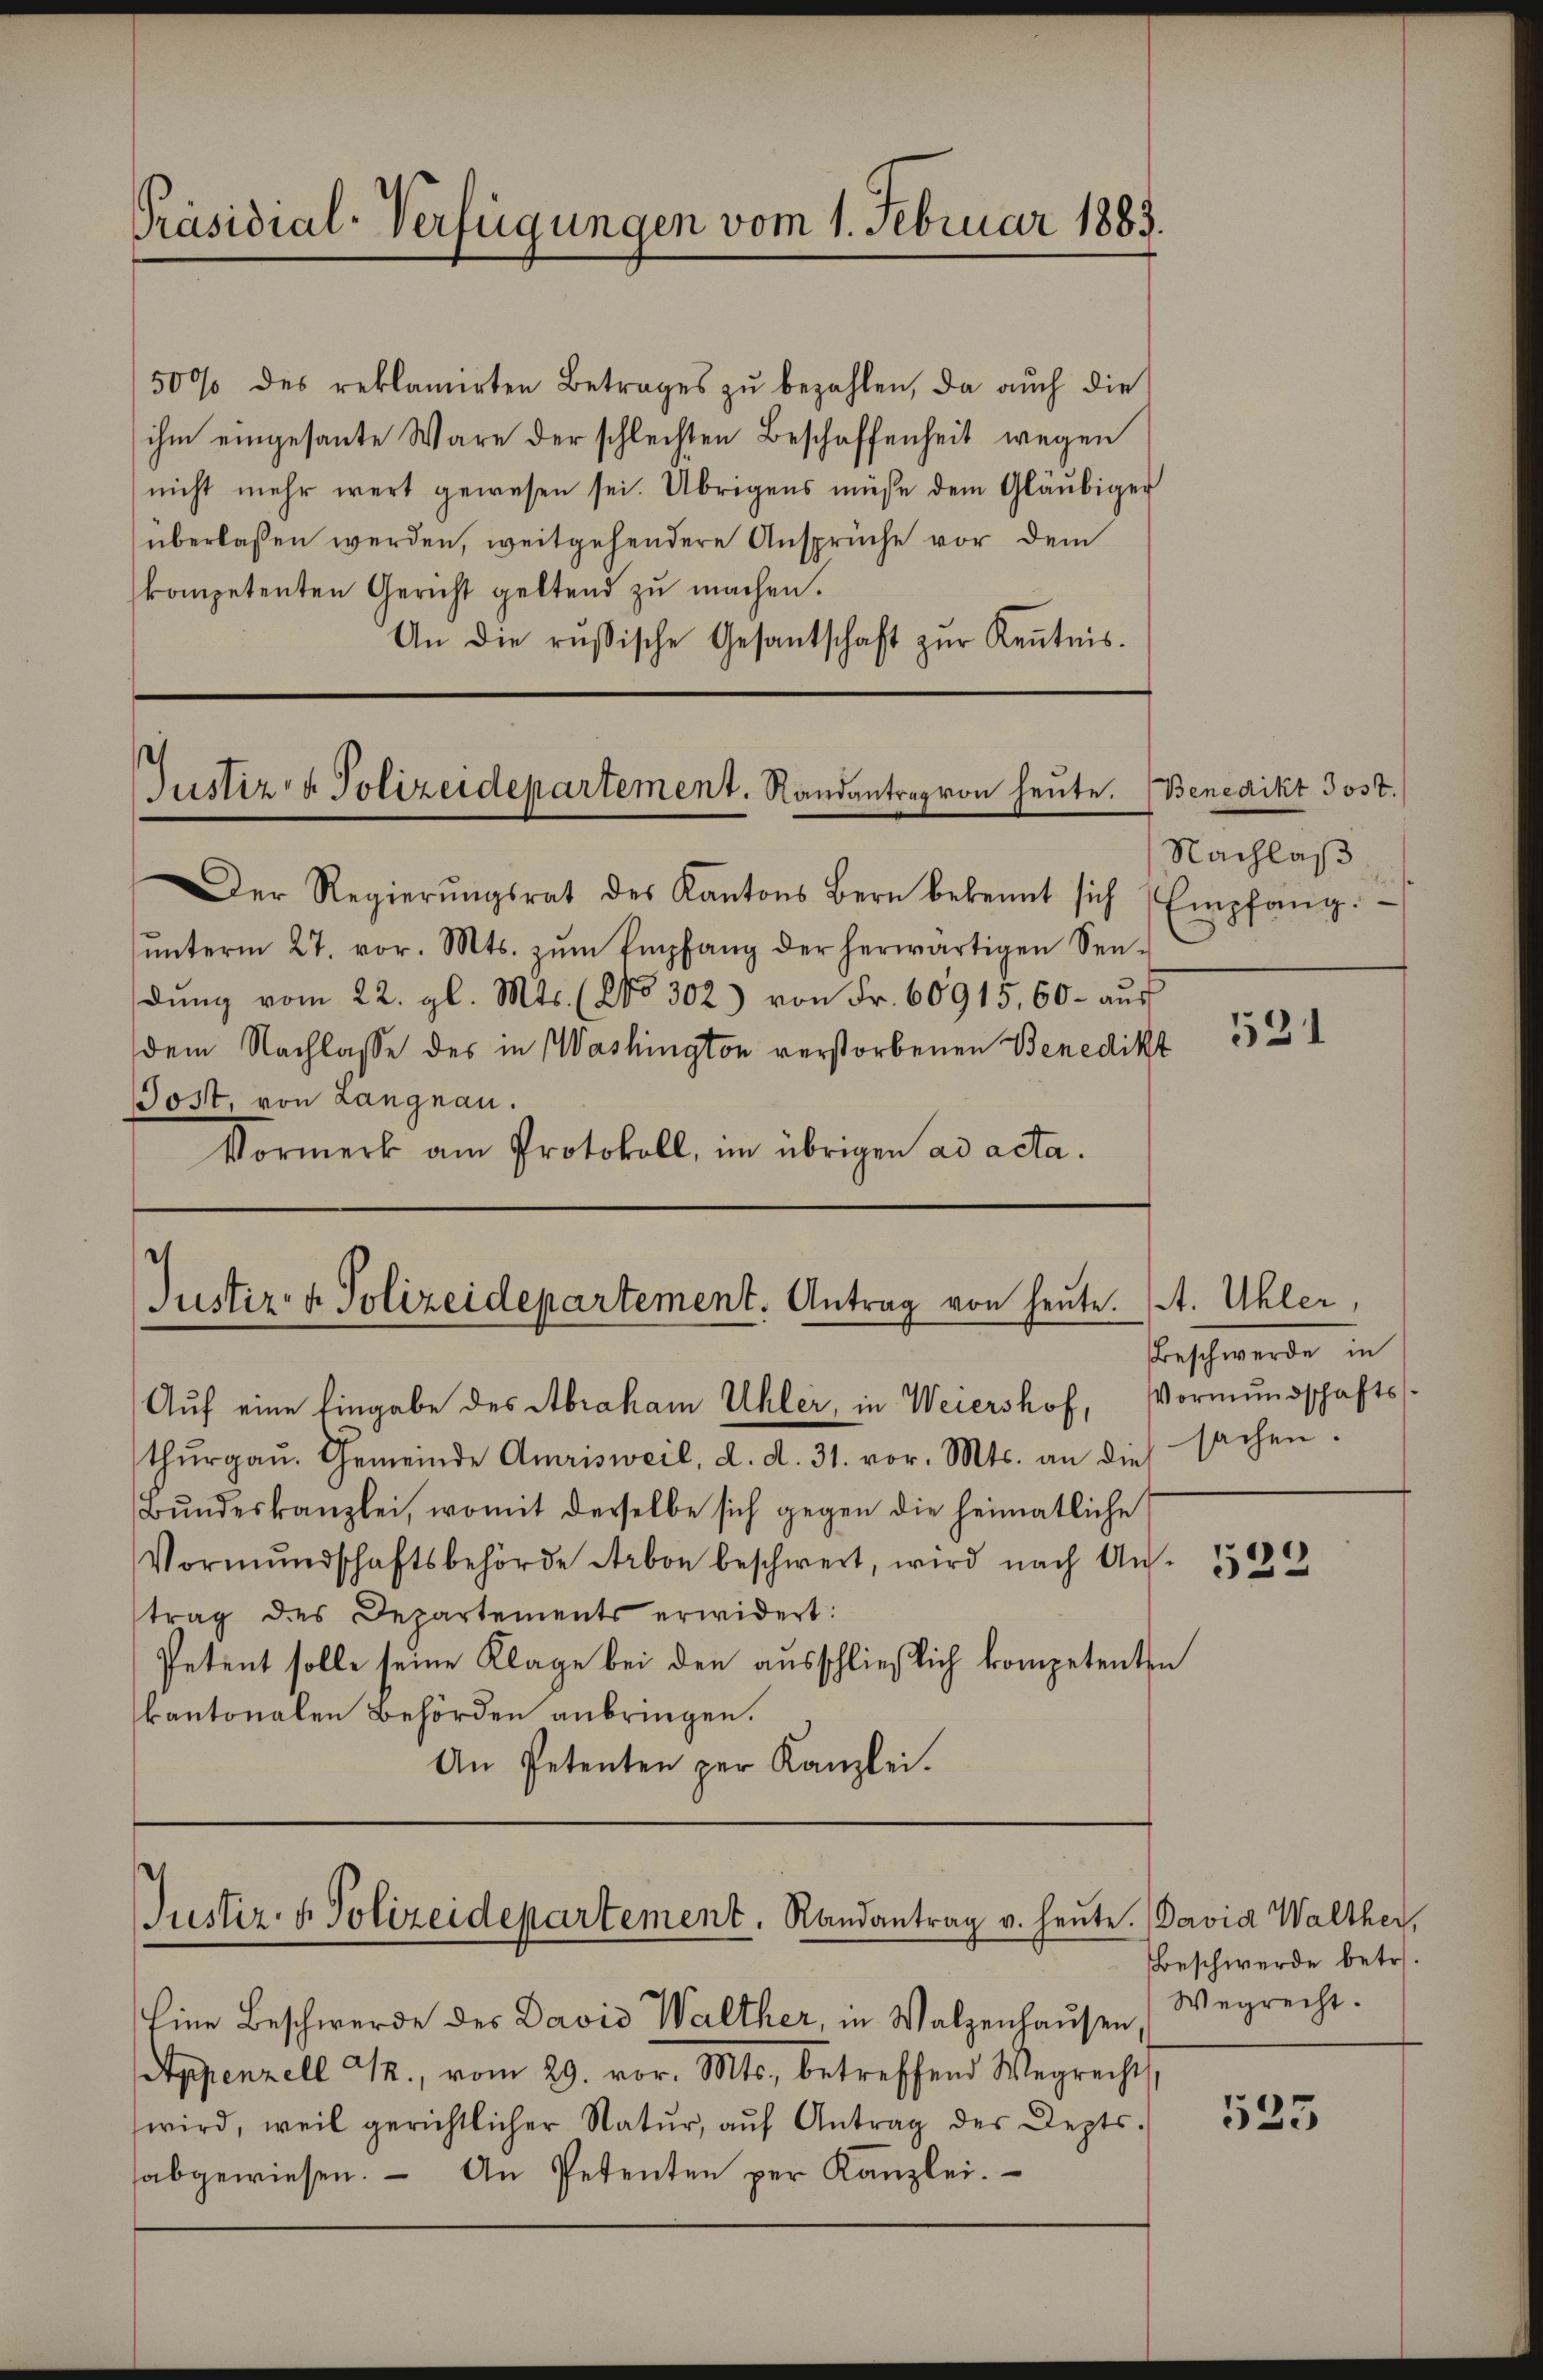
Präsidial-Verfügungen vom 1. Februar 1883.

50% des reklamirten Betrages zu bezahlen, da auch die
ihm eingesante Wäre der schlechten Beschaffenheit wegen
nicht mehr wert gewesen sei. Übrigens müsse dem Gläubiger
überlassen werden, weitgehendere Ansprüche vor dem
kompetenten Gericht geltend zu machen.
An die russische Gesantschaft zŭr Kenntnis.

Justiz- & Polizeidepartement. Randantrag von heute.

Der Regierŭngsrat des Kantons Bern bekannt sich Empfang.
ŭnterm 27. vor. Mts. zŭm Empfang der herwärtigen Sen-
dŭng vom 22. gl. Mts. (No 302) von Fr. 60915,60 - aus
dem Nachlasse des in Washington verstorbenen Benedikt
Post, von Langnau.
Vormerk am Protokoll, im übrigen ad acta.

s
Justiz- & Polizeidepartement. Antrag von heute.
Aŭf eine Eingabe des Abraham Uhler, in Weiershof, Vormundschafts-

Justiz- & Polizeidepartement. Randantrag v. heute. David Walther,

Benedikt Jost.
Nachlas

thurgau. Gemeinde Amrisweil, d. d. 31. vor. Mts. an die
Bŭndeskanzlei, womit derselbe sich gegen die heimatliche
Vormŭndschaftsbehörde Arbon beschwert, wird nach An- 1320
trag des Departements erwidert:
Petent solle seine Klage bei den ausschließlich kompetenten
kantonalen Behörden anbringen.
An Petenten per Kanzlei.

Eine Beschwerde des David Walther, in Walzenhausen,
Appenzell G., vom 29. vor. Mts., betreffend Wegrechts,
wird, weil gerichtlicher Natŭr aŭf Antrag des Depts.
habgewiesen. An Petenten per Kanzlei.

531

. Uhler,
Beschwerde in
sachen.

Beschwerde betr.
Wegrecht.

535